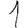
Digit: 1